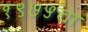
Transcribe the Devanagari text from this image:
१९७५चा